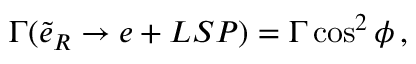
\Gamma ( \tilde { e } _ { R } \rightarrow e + L S P ) = \Gamma \cos ^ { 2 } { \phi } \, ,